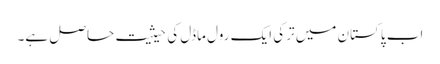
اب پاکستان میں ترکی ایک رول ماڈل کی حیثیت حاصل ہے۔